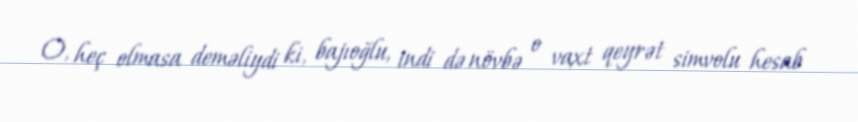
O, heç olmasa deməliydi ki, bajıoğlu, indi də növbə o vaxt qeyrət simvolu hesab